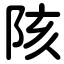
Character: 陔